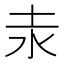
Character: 𡉺